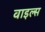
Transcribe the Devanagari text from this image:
वाइल्स